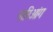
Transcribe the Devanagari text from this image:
नारिआंग